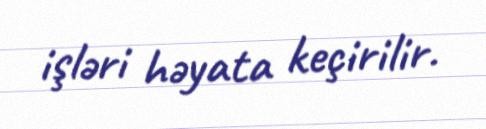
işləri həyata keçirilir.